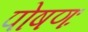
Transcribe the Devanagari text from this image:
पोषणः